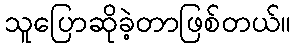
သူပြောဆိုခဲ့တာဖြစ်တယ်။